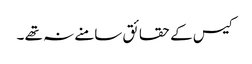
کیس کے حقائق سامنے نہ تھے ۔